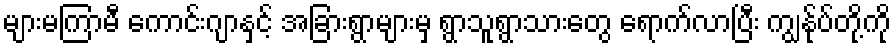
များမကြာမီ ကောင်းဂျာနှင့် အခြားရွာများမှ ရွာသူရွာသားတွေ ရောက်လာပြီး ကျွန်ုပ်တို့ကို